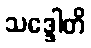
သဒ္ဒေါတိ